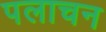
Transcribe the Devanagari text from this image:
पलाचन